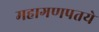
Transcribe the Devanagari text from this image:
महागणपतये